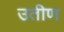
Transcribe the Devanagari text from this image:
उतीण